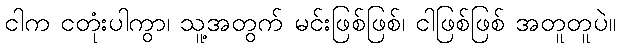
ငါက ငတုံးပါကွာ၊ သူ့အတွက် မင်းဖြစ်ဖြစ်၊ ငါဖြစ်ဖြစ် အတူတူပဲ။